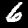
Digit: 6